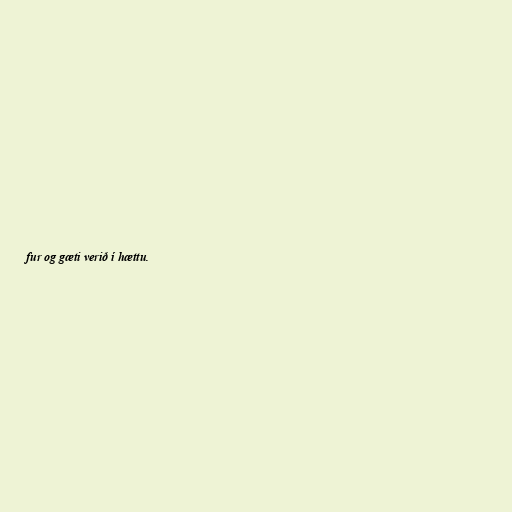
fur og gæti verið í hættu.